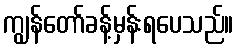
ကျွန်တော်ခန့်မှန်းရပေသည်။